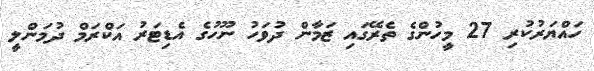
ހައްޔަރުކުރި 27 މީހުންގެ ތެރޭގައި ޒަމާން ދުވަހު ނޫހުގެ އެޑިޓަރު އަކްރަމް ދުމަންލީ